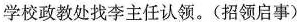
学校政教处找李主任认领。（招领启事）